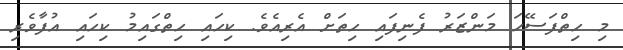
މި ހިތްފަސޭހަ މަންޒަރު ފެނިފައި ހިތަށް އެރިއެވެ. ކިހައި ހިތްގައިމު ކިހައި އުފާވެރި